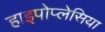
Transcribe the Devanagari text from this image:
हाइपोप्लेसिया